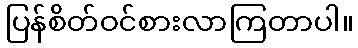
ပြန်စိတ်ဝင်စားလာကြတာပါ။